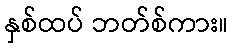
နှစ်ထပ် ဘတ်စ်ကား။